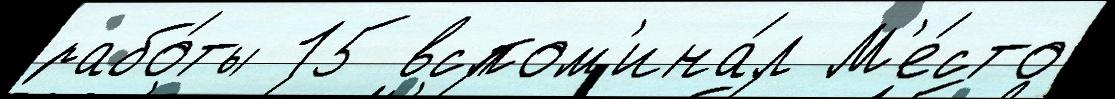
рабо́ты 15 вспом'ина́л М'е́сто